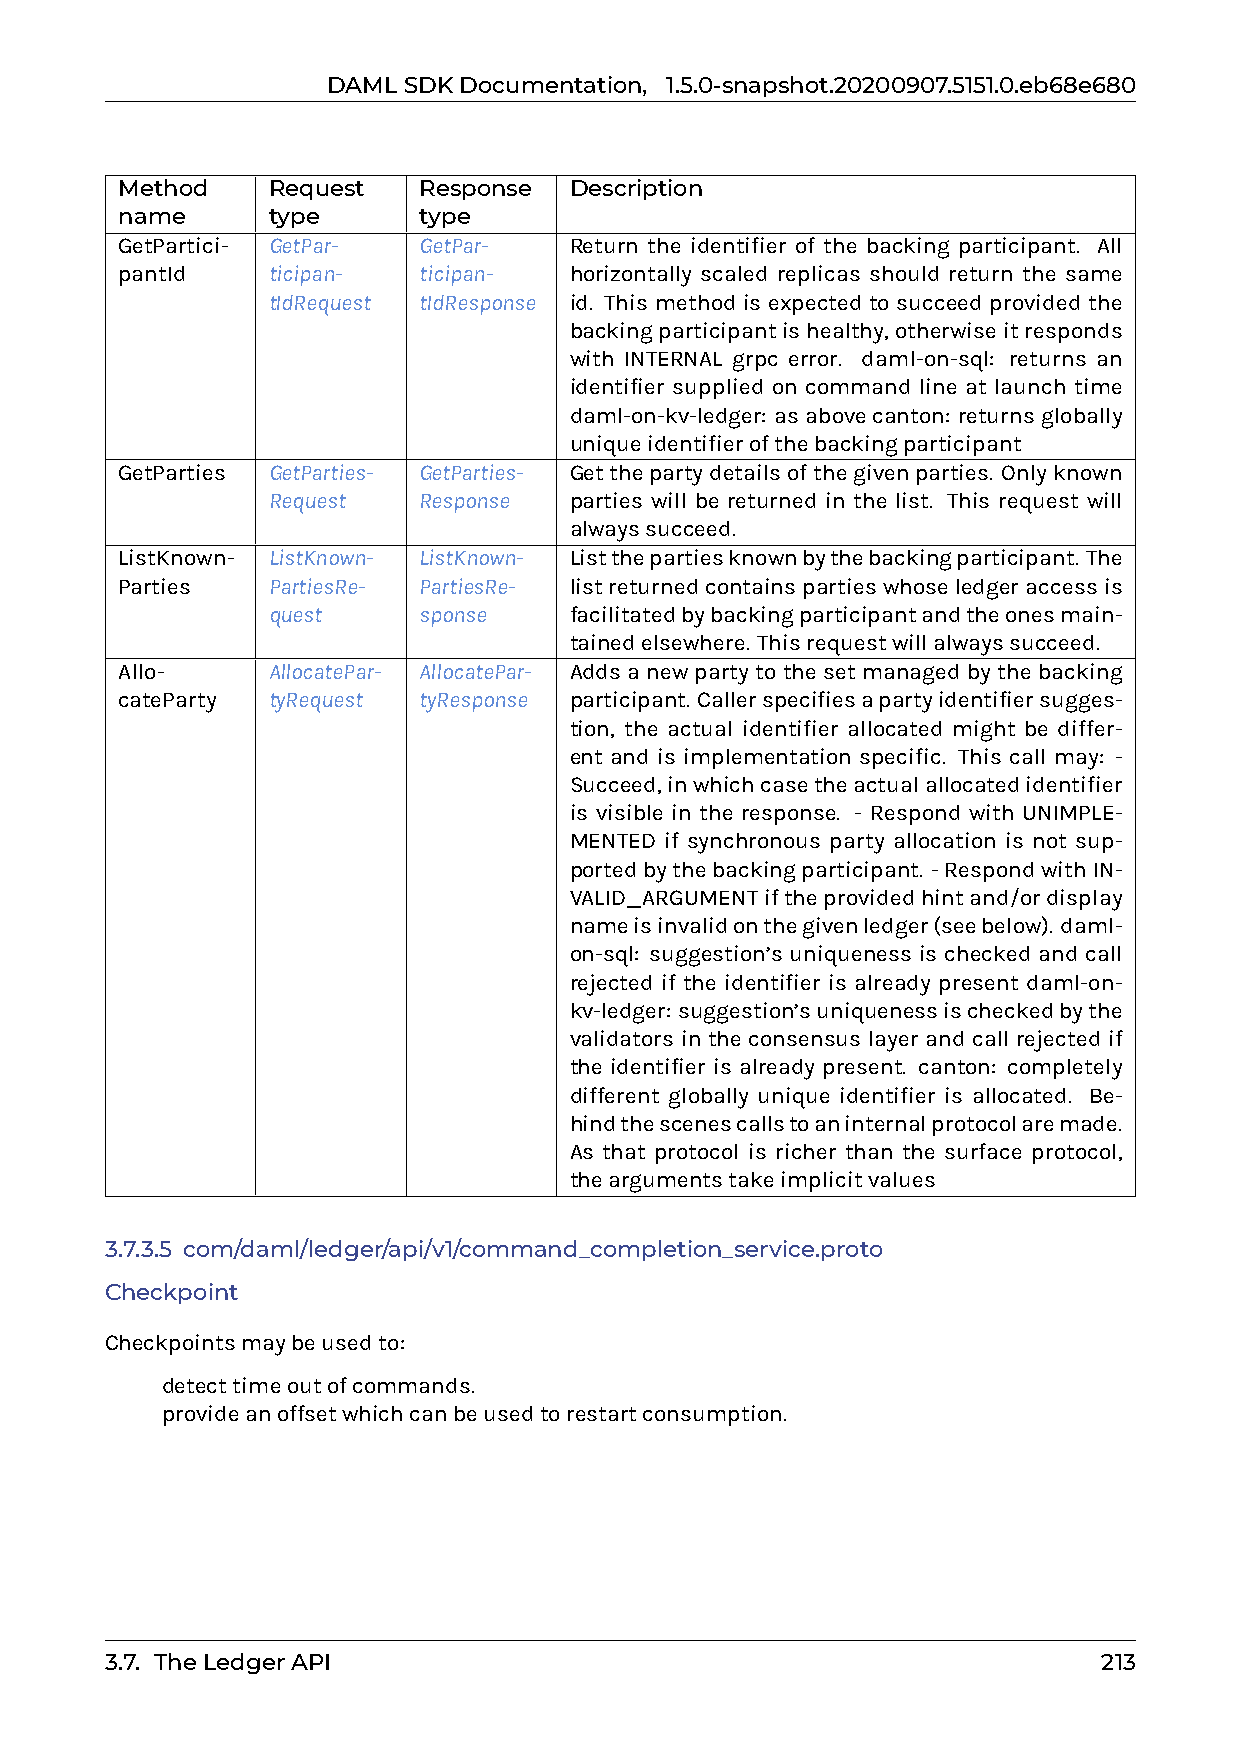
DAMLSDKDocumentation, 1.5.0-snapshot.20200907.5151.0.eb68e680
 Method    Request   Response  Description
 name      type      type
 GetPartici- GetPar- GetPar-   Return the identifier of the backing participant. All
 pantId    ticipan-  ticipan-  horizontally scaled replicas should return the same
 tIdRequest tIdResponse id. This method is expected to succeed provided the
 backingparticipantishealthy,otherwiseitresponds
 with INTERNAL grpc error. daml-on-sql: returns an
 identifier supplied on command line at launch time
 daml-on-kv-ledger: asabovecanton: returnsglobally
 uniqueidentifierofthebackingparticipant
 GetParties GetParties- GetParties- Getthepartydetailsofthegivenparties. Onlyknown
 Request   Response  parties will be returned in the list. This request will
 alwayssucceed.
 ListKnown- ListKnown- ListKnown- Listthepartiesknownbythebackingparticipant. The
 Parties   PartiesRe- PartiesRe- listreturnedcontainspartieswhoseledgeraccessis
 quest     sponse    facilitatedbybackingparticipantandtheonesmain-
 tainedelsewhere. Thisrequestwillalwayssucceed.
 Allo-     AllocatePar- AllocatePar- Adds a new party to the set managed by the backing
 cateParty tyRequest tyResponse participant. Callerspecifiesapartyidentifiersugges-
 tion, the actual identifier allocated might be differ-
 ent and is implementation specific. This call may: -
 Succeed,inwhichcasetheactualallocatedidentifier
 is visible in the response. - Respond with UNIMPLE-
 MENTED if synchronous party allocation is not sup-
 portedbythebackingparticipant. -RespondwithIN-
 VALID_ARGUMENTiftheprovidedhintand/ordisplay
 nameisinvalidonthegivenledger(seebelow). daml-
 on-sql: suggestion’s uniqueness is checked and call
 rejected if the identifier is already present daml-on-
 kv-ledger: suggestion’suniquenessischeckedbythe
 validators in the consensus layer and call rejected if
 the identifier is already present. canton: completely
 different globally unique identifier is allocated. Be-
 hindthescenescallstoaninternalprotocolaremade.
 As that protocol is richer than the surface protocol,
 theargumentstakeimplicitvalues
 3.7.3.5 com/daml/ledger/api/v1/command_completion_service.proto
 Checkpoint
 Checkpointsmaybeusedto:
 0 detecttimeoutofcommands.
 0 provideanoffsetwhichcanbeusedtorestartconsumption.
 3.7. TheLedgerAPI                                                 213